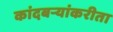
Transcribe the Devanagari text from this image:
कांदबऱ्यांकरीता